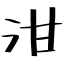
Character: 泔